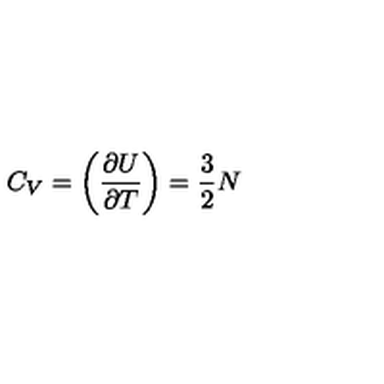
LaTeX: C _ { V } = \biggl ( { \frac { \partial U } { \partial T } } \biggr ) = { \frac { 3 } { 2 } } N